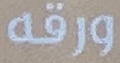
ورقه